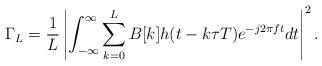
LaTeX: \begin{align*}\Gamma_{L} = \frac{1}{L}\left| \int_{-\infty}^{\infty} \sum_{k=0}^{L} B[k]h(t-k\tau T) e^{-j2\pi ft} dt\right| ^{2}. \end{align*}